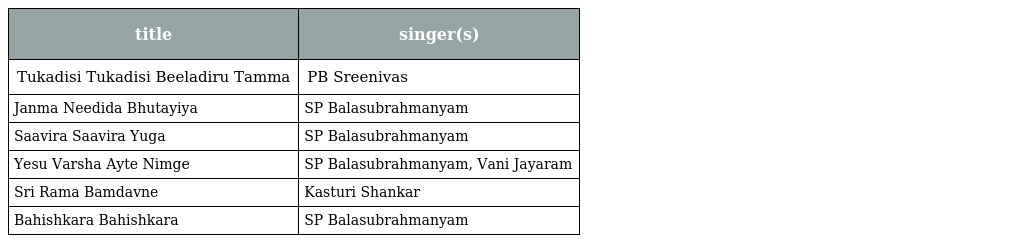
| title | singer(s) |
 | --- | --- |
 | Tukadisi Tukadisi Beeladiru Tamma | PB Sreenivas |
 | Janma Needida Bhutayiya | SP Balasubrahmanyam |
 | Saavira Saavira Yuga | SP Balasubrahmanyam |
 | Yesu Varsha Ayte Nimge | SP Balasubrahmanyam, Vani Jayaram |
 | Sri Rama Bamdavne | Kasturi Shankar |
 | Bahishkara Bahishkara | SP Balasubrahmanyam |